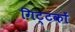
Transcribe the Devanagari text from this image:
गिट्टकों